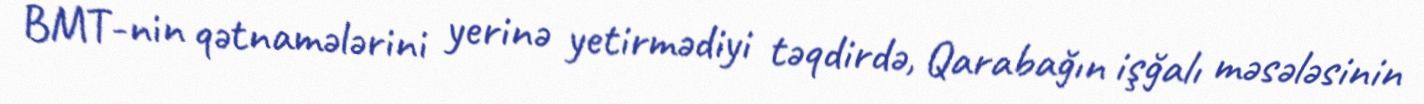
BMT-nin qətnamələrini yerinə yetirmədiyi təqdirdə, Qarabağın işğalı məsələsinin